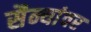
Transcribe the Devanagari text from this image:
सैन्यांवर